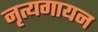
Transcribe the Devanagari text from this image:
नृत्यगायन